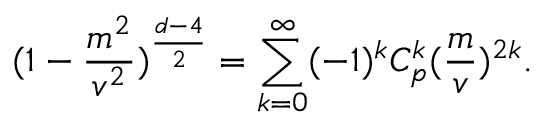
( 1 - \frac { m ^ { 2 } } { v ^ { 2 } } ) ^ { \frac { d - 4 } { 2 } } = \sum _ { k = 0 } ^ { \infty } ( - 1 ) ^ { k } C _ { p } ^ { k } ( \frac { m } { v } ) ^ { 2 k } .